Report of the Indian Hemp Drugs Commission, 1894-1895 - Volume V
Year: 1894
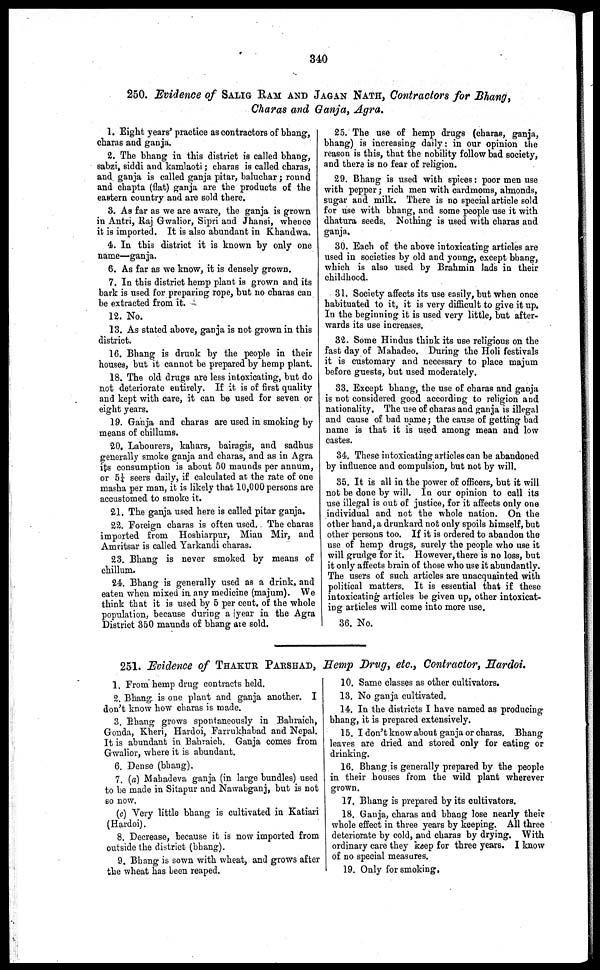
340
250. Evidence of SALING RAM AND JAGAN NATH, Contractors for Bhang,
Charas and Ganja, Agra.
1. Eight years' practice as contractors of bhang,
charas and ganja.
2. The bhang in this district is called bhang,
sabzi, siddi and kamlaoti ; charas is called charas,
and ganja is called ganja pitar, baluchar ; round
and chapta (flat) ganja are the products of the
eastern country and are sold there.
3. As far as we are aware, the ganja is grown
in Antri, Raj Gwalior, Sipri and Jhansi, whence
it is imported. It is also abundant in Khandwa.
4. In this district it is known by only one
name—ganja.
6. As far as we know, it is densely grown.
7. In this district hemp plant is grown and its
bark is used for preparing rope, but no charas can
be extracted from it.
12. No.
13. As stated above, ganja is not grown in this
district.
16. Bhang is drunk by the people in their
houses, but it cannot be prepared by hemp plant.
18. The old drugs are less intoxicating, but do
not deteriorate entirely. If it is of first quality
and kept with care, it can be used for seven or
eight years.
19. Ganja and charas are used in smoking by
means of chillums.
20. Labourers, kahars, bairagis, and sadhus
generally smoke ganja and charas, and as in Agra
its consumption is about 50 maunds per annum,
or 5¼ seers daily, if calculated at the rate of one
masha per man, it is likely that 10,000 persons are
accustomed to smoke it.
21. The ganja used here is called pitar ganja.
22. Foreign charas is often used. The charas
imported from Hoshiarpur, Mian Mir, and
Amritsar is called Yarkandi charas.
23. Bhang is never smoked by means of
chillum.
24. Bhang is generally used as a drink, and
eaten when mixed in any medicine (majum). We
think that it is used by 5 per cent. of the whole
population, because during a year in the Agra
District 350 maunds of bhang are sold.
25. The use of hemp drugs (charas, ganja,
bhang) is increasing daily : in our opinion the
reason is this, that the nobility follow bad society,
and there is no fear of religion.
29. Bhang is used with spices : poor men use
with pepper ; rich men with cardmoms, almonds,
sugar and milk. There is no special article sold
for use with bhang, and some people use it with
dhatura seeds. Nothing is used with charas and
ganja.
30. Each of the above intoxicating articles are
used in societies by old and young, except bhang,
which is also used by Brahmin lads in their
childhood.
31. Society affects its use easily, but when once
habituated to it, it is very difficult to give it up.
In the beginning it is used very little, but after-
wards its use increases.
32. Some Hindus think its use religious on the
fast day of Mahadeo. During the Holi festivals
it is customary and necessary to place majum
before guests, but used moderately.
33. Except bhang, the use of charas and ganja
is not considered good according to religion and
nationality. The use of charas and ganja is illegal
and cause of bad name ; the cause of getting bad
name is that it is used among mean and low
castes.
34. These intoxicating articles can be abandoned
by influence and compulsion, but not by will.
35. It is all in the power of officers, but it will
not be done by will. In our opinion to call its
use illegal is out of justice, for it affects only one
individual and not the whole nation. On the
other hand, a drunkard not only spoils himself, but
other persons too. If it is ordered to abandon the
use of hemp drugs, surely the people who use it
will grudge for it. However, there is no loss, but
it only affects brain of those who use it abundantly.
The users of such articles are unacquainted with
political matters. It is essential that if these
intoxicating articles be given up, other intoxicat-
ing articles will come into more use.
36. No.
251. Evidence of THAKUR PARSHAD, Hemp Drug, etc., Contractor, Hardoi.
1. From hemp drug contracts held.
2. Bhang is one plant and ganja another. I
don't know how charas is made.
3. Bhang grows spontaneously in Bahraich,
Gonda, Kheri, Hardoi, Farrukhabad and Nepal.
It is abundant in Bahraich. Ganja comes from
Gwalior, where it is abundant.
6. Dense (bhang).
7. (a) Mahadeva ganja (in large bundles) used
to be made in Sitapur and Nawabganj, but is not
so now.
(c) Very little bhang is cultivated in Katiari
(Hardoi).
8. Decrease, because it is now imported from
outside the district (bhang).
9. Bhang is sown with wheat, and grows after
the wheat has been reaped.
10. Same classes as other cultivators.
13. No ganja cultivated.
14. In the districts I have named as producing
bhang, it is prepared extensively.
15. I don't know about ganja or charas. Bhang
leaves are dried and stored only for eating or
drinking.
16. Bhang is generally prepared by the people
in their houses from the wild plant wherever
grown.
17. Bhang is prepared by its cultivators.
18. Ganja, charas and bhang lose nearly their
whole effect in three years by keeping. All three
deteriorate by cold, and charas by drying. With
ordinary care they keep for three years. I know
of no special measures.
19. Only for smoking,